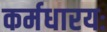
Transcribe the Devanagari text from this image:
कर्मधारयः